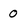
Character: 0